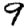
Digit: 9